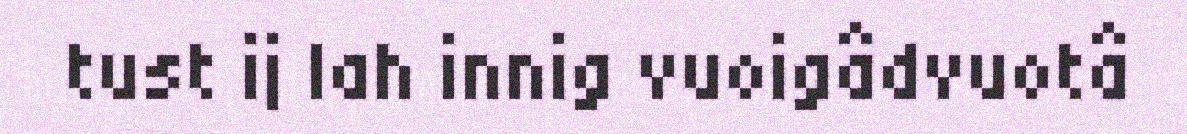
tust ij lah innig vuoigâdvuotâ